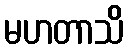
မဟတာသိ